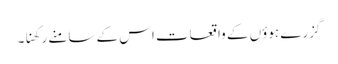
گزرے ہوؤں کے واقعات اس کے سامنے رکھنا۔